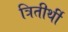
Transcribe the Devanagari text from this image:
त्रितीर्थी